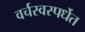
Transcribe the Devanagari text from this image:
वर्चस्वस्पर्धेत